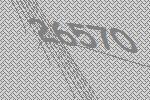
26570